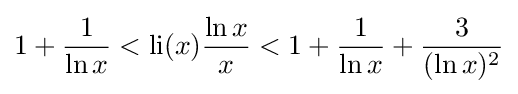
1+{\frac {1}{\ln x}}<\operatorname {li} (x){\frac {\ln x}{x}}<1+{\frac {1}{\ln x}}+{\frac {3}{(\ln x)^{2}}}